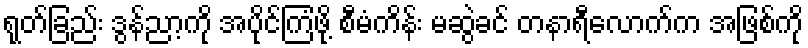
ရုတ်ခြည်း ဒွန်ညာ့ကို အပိုင်ကြံဖို့ စီမံကိန်း မဆွဲခင် တနာရီလောက်က အဖြစ်ကို